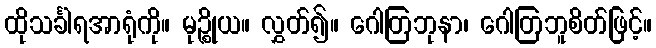
ထိုသင်္ခါရအာရုံကို။ မုဉ္စိုယ။ လွှတ်၍။ ဂေါတြဘုနာ၊ ဂေါတြဘူစိတ်ဖြင့်။